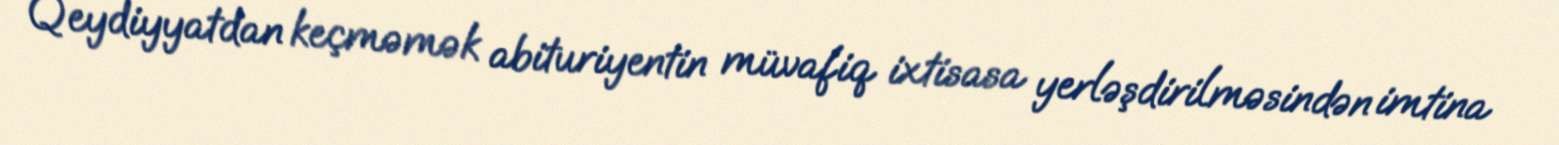
Qeydiyyatdan keçməmək abituriyentin müvafiq ixtisasa yerləşdirilməsindən imtina